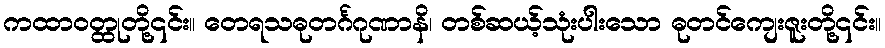
ကထာဝတ္ထုတို့၎င်း။ တေရသဓုတင်္ဂဂုဏာနိ၊ တစ်ဆယ့်သုံးပါးသော ဓုတင်ကျေးဇူးတို့၎င်း။